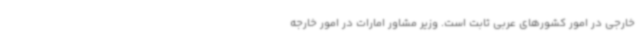
خارجی در امور کشورهای عربی ثابت است. وزیر مشاور امارات در امور خارجه